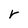
Character: r